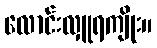
လောင်းလှူရကျိုး။